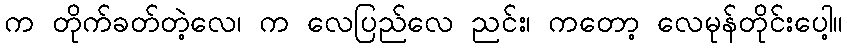
က တိုက်ခတ်တဲ့လေ၊ က လေပြည်လေ ညင်း၊ ကတော့ လေမုန်တိုင်းပေါ့။